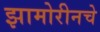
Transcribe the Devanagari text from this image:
झामोरीनचे